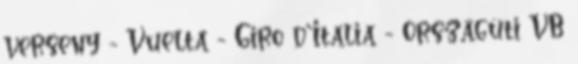
verseny - Vuelta - Giro d’Italia - Országúti VB